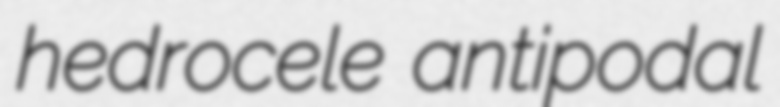
hedrocele antipodal